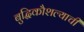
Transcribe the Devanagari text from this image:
बुद्धिकौशल्याची